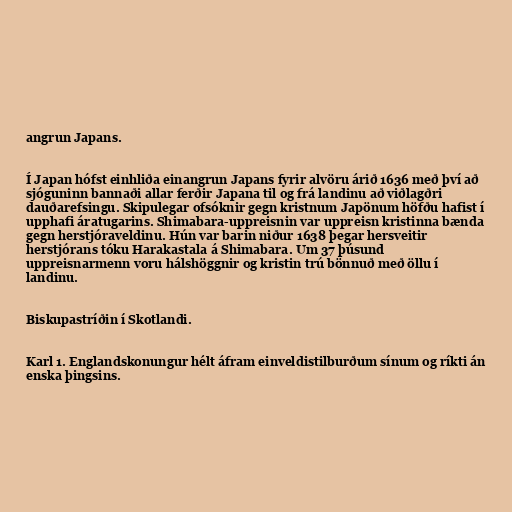
angrun Japans.

Í Japan hófst einhliða einangrun Japans fyrir alvöru árið 1636 með því að
sjóguninn bannaði allar ferðir Japana til og frá landinu að viðlagðri
dauðarefsingu. Skipulegar ofsóknir gegn kristnum Japönum höfðu hafist í
upphafi áratugarins. Shimabara-uppreisnin var uppreisn kristinna bænda
gegn herstjóraveldinu. Hún var barin niður 1638 þegar hersveitir
herstjórans tóku Harakastala á Shimabara. Um 37 þúsund
uppreisnarmenn voru hálshöggnir og kristin trú bönnuð með öllu í
landinu.

Biskupastríðin í Skotlandi.

Karl 1. Englandskonungur hélt áfram einveldistilburðum sínum og ríkti án
enska þingsins.